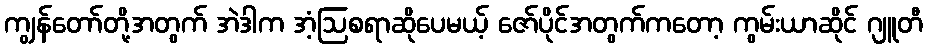
ကျွန်တော်တို့အတွက် အဲဒါက အံ့ဩစရာဆိုပေမယ့် ဇော်ပိုင်အတွက်ကတော့ ကွမ်းယာဆိုင် ဂျူတီ